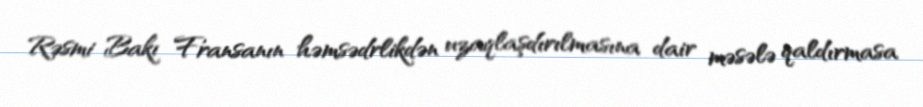
Rəsmi Bakı Fransanın həmsədrlikdən uzaqlaşdırılmasına dair məsələ qaldırmasa